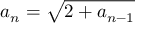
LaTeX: a _ { n } = { \sqrt { 2 + a _ { n - 1 } } }